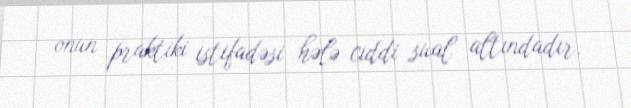
onun praktiki istifadəsi hələ ciddi sual altındadır.